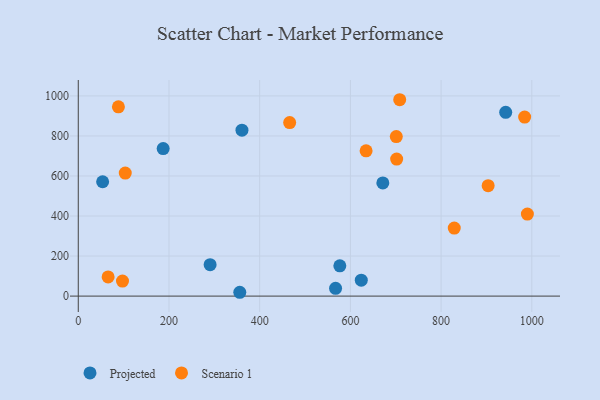
{"axis": {"x": "Investment", "y": "Fuel Efficiency"}, "legend": ["Projected", "Scenario 1"], "data": [{"x": "360.9", "y": 828.8, "type": "Projected"}, {"x": "671.5", "y": 565.5, "type": "Projected"}, {"x": "356.1", "y": 19.1, "type": "Projected"}, {"x": "576.7", "y": 151.4, "type": "Projected"}, {"x": "187.2", "y": 737.2, "type": "Projected"}, {"x": "290.7", "y": 156.9, "type": "Projected"}, {"x": "53.7", "y": 571.3, "type": "Projected"}, {"x": "624.0", "y": 79.7, "type": "Projected"}, {"x": "567.3", "y": 39.0, "type": "Projected"}, {"x": "942.4", "y": 918.0, "type": "Projected"}, {"x": "97.5", "y": 75.2, "type": "Scenario 1"}, {"x": "103.6", "y": 614.7, "type": "Scenario 1"}, {"x": "88.5", "y": 945.7, "type": "Scenario 1"}, {"x": "701.2", "y": 796.8, "type": "Scenario 1"}, {"x": "990.2", "y": 409.8, "type": "Scenario 1"}, {"x": "466.1", "y": 867.1, "type": "Scenario 1"}, {"x": "634.6", "y": 725.7, "type": "Scenario 1"}, {"x": "708.7", "y": 981.0, "type": "Scenario 1"}, {"x": "65.8", "y": 95.6, "type": "Scenario 1"}, {"x": "984.2", "y": 894.1, "type": "Scenario 1"}, {"x": "829.0", "y": 339.6, "type": "Scenario 1"}, {"x": "702.0", "y": 684.4, "type": "Scenario 1"}, {"x": "903.7", "y": 551.8, "type": "Scenario 1"}]}